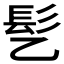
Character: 𫘸